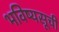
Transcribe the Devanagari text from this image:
भविष्यसूची